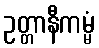
ဥတ္တာနီကမ္မံ